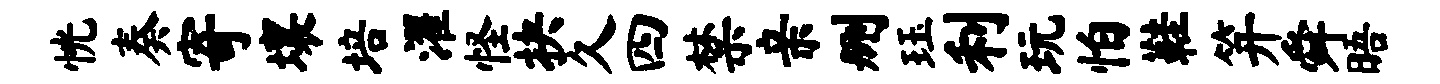
恍奏寄壤培濯怪抉久四禁亲删珏利玩怕鞋笄舜晤